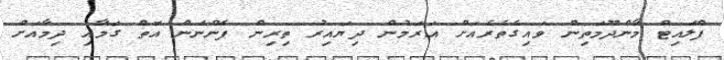
ފްލައިޓް މާންދޫމަތިން ވައިގެތެރެއަށް އަރަމުން ދިޔައިރު ތިރިން ފެންނަން އޮތް ގަމާއި ދިމާއަށް